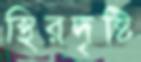
স্থিরদৃষ্টি